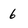
Character: 6